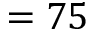
= 7 5